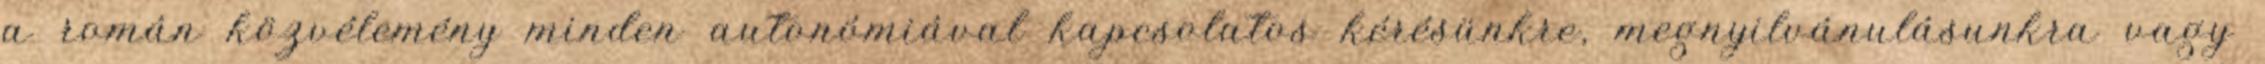
a román közvélemény minden autonómiával kapcsolatos kérésünkre, megnyilvánulásunkra vagy